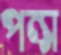
পন্স